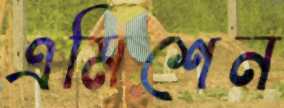
এমিশেন